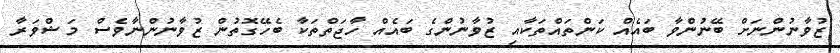
ޒުވާނުންނަށް ބޭނުންވާ ބައެއް ކަންތައްތަކާއި ޒުވާނުންގެ ބައެއް ހާޖަތްތަކާ ބެހޭގޮތުން ޒުވާނުންނާވެސް މަޝްވަރާ